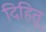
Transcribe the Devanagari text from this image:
दिहितू